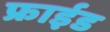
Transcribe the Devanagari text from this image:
फ्राईड